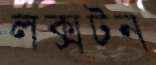
লক্সটন